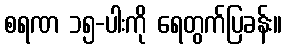
စရဏ ၁၅-ပါးကို ရေတွက်ပြခန်း။